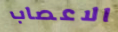
الاعصاب